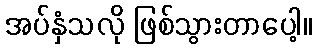
အပ်နှံသလို ဖြစ်သွားတာပေါ့။